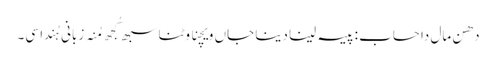
دھن مال دا حساب : پیسہ لینا دینا جاں ویچنا وٹنا سبھ کُجھ مُنہ زبانی ہُندا سی۔